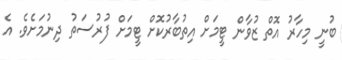
ބުނީ މިހާރު އޮތް ޒުވާން ޓީމަށް އިތުބާރުކޮށް ޓީމަށް ފުރުސަތު ދިނުމަށެވެ. އެ